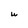
Character: U